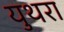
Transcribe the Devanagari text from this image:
युथरा